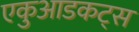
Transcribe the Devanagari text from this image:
एकुआडकट्स